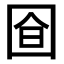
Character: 𭍞